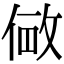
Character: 𫢽